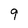
Character: 9